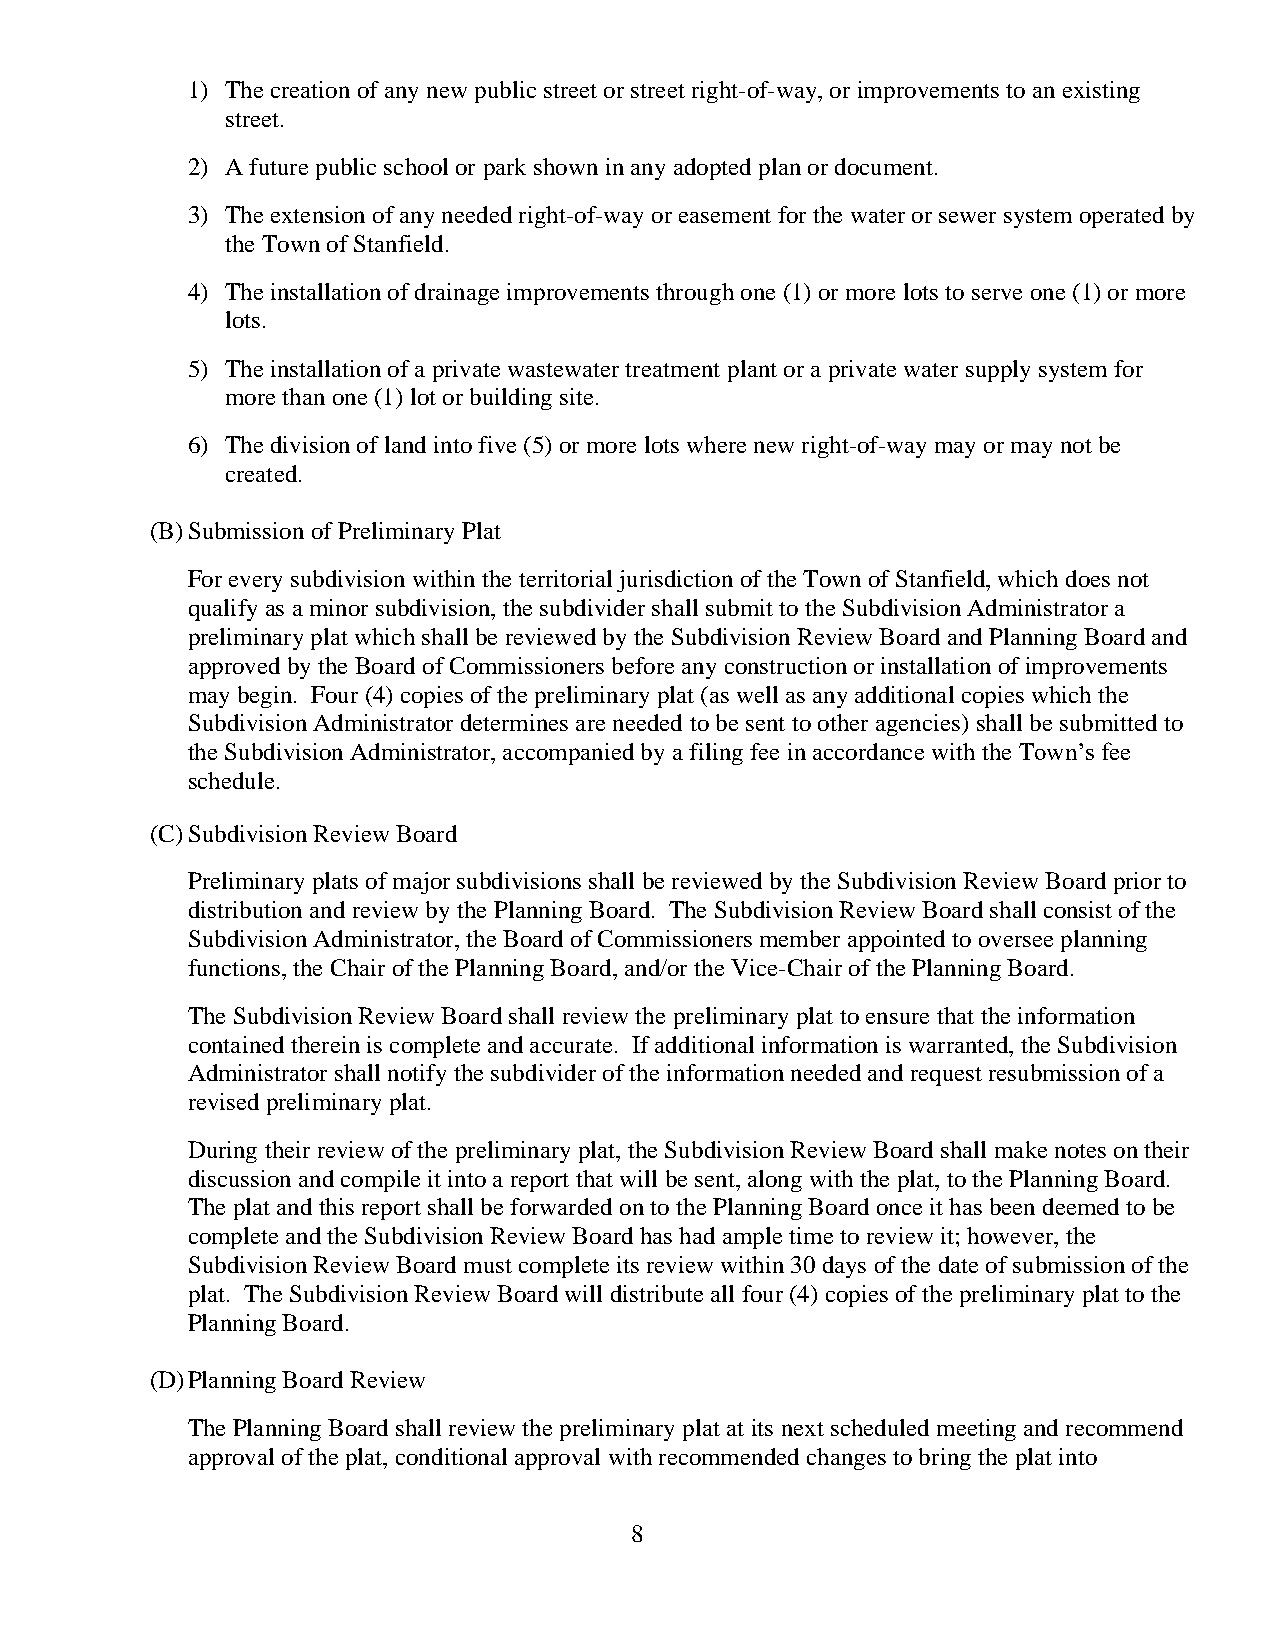
1) The creation of any new public street or street right-of-way, or improvements to an existing
 street.
 2) A future public school or park shown in any adopted plan or document.
 3) The extension of any needed right-of-way or easement for the water or sewer system operated by
 the Town of Stanfield.
 4) The installation of drainage improvements through one (1) or more lots to serve one (1) or more
 lots.
 5) The installation of a private wastewater treatment plant or a private water supply system for
 more than one (1) lot or building site.
 6) The division of land into five (5) or more lots where new right-of-way may or may not be
 created.
 (B) Submission of Preliminary Plat
 For every subdivision within the territorial jurisdiction of the Town of Stanfield, which does not
 qualify as a minor subdivision, the subdivider shall submit to the Subdivision Administrator a
 preliminary plat which shall be reviewed by the Subdivision Review Board and Planning Board and
 approved by the Board of Commissioners before any construction or installation of improvements
 may begin. Four (4) copies of the preliminary plat (as well as any additional copies which the
 Subdivision Administrator determines are needed to be sent to other agencies) shall be submitted to
 the Subdivision Administrator, accompanied by a filing fee in accordance with the Town’s fee
 schedule.
 (C) Subdivision Review Board
 Preliminary plats of major subdivisions shall be reviewed by the Subdivision Review Board prior to
 distribution and review by the Planning Board. The Subdivision Review Board shall consist of the
 Subdivision Administrator, the Board of Commissioners member appointed to oversee planning
 functions, the Chair of the Planning Board, and/or the Vice-Chair of the Planning Board.
 The Subdivision Review Board shall review the preliminary plat to ensure that the information
 contained therein is complete and accurate. If additional information is warranted, the Subdivision
 Administrator shall notify the subdivider of the information needed and request resubmission of a
 revised preliminary plat.
 During their review of the preliminary plat, the Subdivision Review Board shall make notes on their
 discussion and compile it into a report that will be sent, along with the plat, to the Planning Board.
 The plat and this report shall be forwarded on to the Planning Board once it has been deemed to be
 complete and the Subdivision Review Board has had ample time to review it; however, the
 Subdivision Review Board must complete its review within 30 days of the date of submission of the
 plat. The Subdivision Review Board will distribute all four (4) copies of the preliminary plat to the
 Planning Board.
 (D) Planning Board Review
 The Planning Board shall review the preliminary plat at its next scheduled meeting and recommend
 approval of the plat, conditional approval with recommended changes to bring the plat into
 8